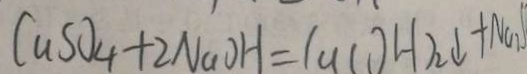
C u S O _ { 4 } + 2 N a O H = C u ( O H ) _ { 2 } \downarrow + N a